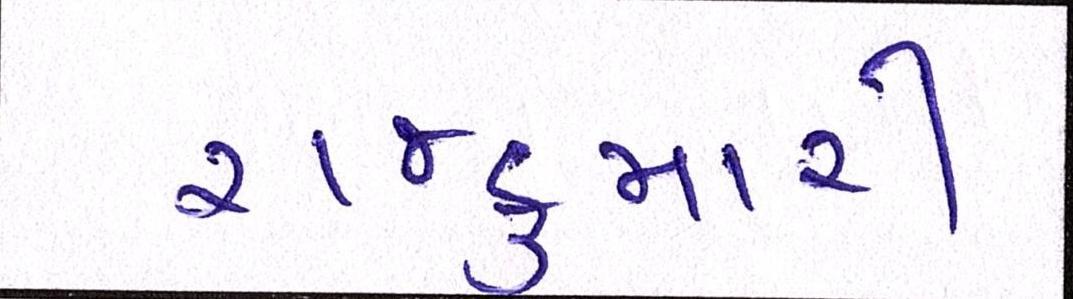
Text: રાજકુમારી